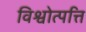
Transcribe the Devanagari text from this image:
विश्वोत्पत्ति